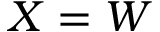
X = W